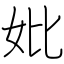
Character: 妣